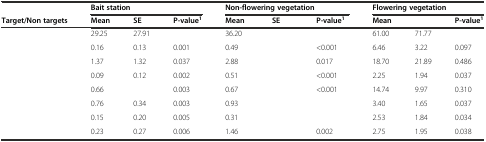
<table><thead><tr><td>[EMPTY_CELL]</td><td colspan="3"><b>Bait station</b></td><td colspan="3"><b>Non-flowering vegetation</b></td><td colspan="3"><b>Flowering vegetation</b></td></tr><tr><td><b>Target/Non targets</b></td><td><b>Mean</b></td><td><b>SE</b></td><td><b>P-value<sup>1</sup></b></td><td><b>Mean</b></td><td><b>SE</b></td><td><b>P-value<sup>1</sup></b></td><td><b>Mean</b></td><td>[EMPTY_CELL]</td><td><b>P-value<sup>1</sup></b></td></tr></thead><tbody><tr><td>[EMPTY_CELL]</td><td>29.25</td><td>27.91</td><td>[EMPTY_CELL]</td><td>36.20</td><td>[EMPTY_CELL]</td><td>[EMPTY_CELL]</td><td>61.00</td><td>71.77</td><td>[EMPTY_CELL]</td></tr><tr><td>[EMPTY_CELL]</td><td>0.16</td><td>0.13</td><td>0.001</td><td>0.49</td><td>[EMPTY_CELL]</td><td>&lt;0.001</td><td>6.46</td><td>3.22</td><td>0.097</td></tr><tr><td>[EMPTY_CELL]</td><td>1.37</td><td>1.32</td><td>0.037</td><td>2.88</td><td>[EMPTY_CELL]</td><td>0.017</td><td>18.70</td><td>21.89</td><td>0.486</td></tr><tr><td>[EMPTY_CELL]</td><td>0.09</td><td>0.12</td><td>0.002</td><td>0.51</td><td>[EMPTY_CELL]</td><td>&lt;0.001</td><td>2.25</td><td>1.94</td><td>0.037</td></tr><tr><td>[EMPTY_CELL]</td><td>0.66</td><td>[EMPTY_CELL]</td><td>0.003</td><td>0.67</td><td>[EMPTY_CELL]</td><td>&lt;0.001</td><td>14.74</td><td>9.97</td><td>0.310</td></tr><tr><td>[EMPTY_CELL]</td><td>0.76</td><td>0.34</td><td>0.003</td><td>0.93</td><td>[EMPTY_CELL]</td><td>[EMPTY_CELL]</td><td>3.40</td><td>1.65</td><td>0.037</td></tr><tr><td>[EMPTY_CELL]</td><td>0.15</td><td>0.20</td><td>0.005</td><td>0.31</td><td>[EMPTY_CELL]</td><td>[EMPTY_CELL]</td><td>2.53</td><td>1.84</td><td>0.034</td></tr><tr><td>[EMPTY_CELL]</td><td>0.23</td><td>0.27</td><td>0.006</td><td>1.46</td><td>[EMPTY_CELL]</td><td>0.002</td><td>2.75</td><td>1.95</td><td>0.038</td></tr></tbody></table>